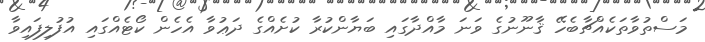
މަސްތުވާތަކެއްޗާބެހޭ ޤާނޫނުގެ ވަނަ މާއްދާގައި ބަޔާންކުރާ ކުށެއްގެ ދަޢުވާ އެހެން ކޯޓެއްގައި އުފުލިފައިވާ